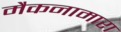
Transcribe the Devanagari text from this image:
मैकनामारा